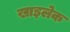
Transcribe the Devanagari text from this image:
खाइलेक